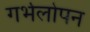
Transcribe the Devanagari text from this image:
गर्भलोपन